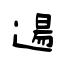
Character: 逿